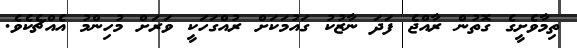
ތިމާވެށީގެ ގޮތުން ރާއްޖެ ފަދަ ނާޒުކު ގައުމަކަށް ރުއްގަހަކީ ވަރަށް މުހިންމު އެއްޗެކެެވެ.